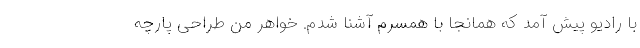
با رادیو پیش آمد که همانجا با همسرم آشنا شدم. خواهر من طراحی پارچه